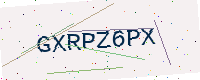
Text: GXRPZ6PX